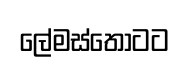
ලේමස්තොටට